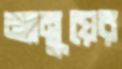
ম্যানুয়ের